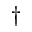
^ \dag